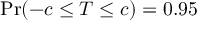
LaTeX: \operatorname* { P r } ( - c \leq T \leq c ) = 0 . 9 5